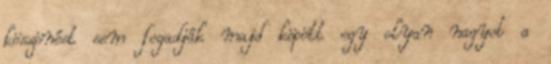
köszönést sem fogadják majd köpött egy olyan nagyot a